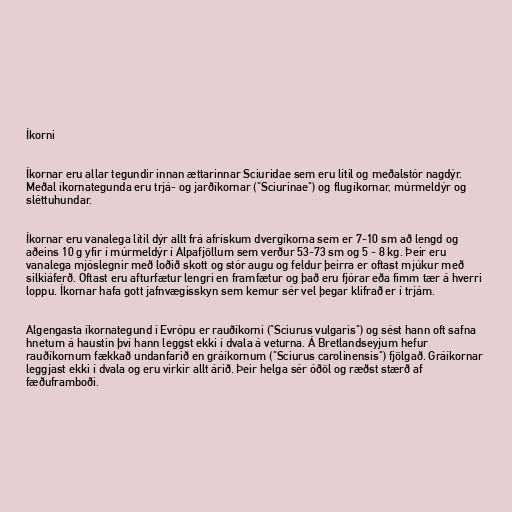
Íkorni

Íkornar eru allar tegundir innan ættarinnar Sciuridae sem eru lítil og meðalstór nagdýr.
Meðal íkornategunda eru trjá- og jarðíkornar ("Sciurinae") og flugíkornar, múrmeldýr og
sléttuhundar.

Íkornar eru vanalega lítil dýr allt frá afrískum dvergíkorna sem er 7-10 sm að lengd og
aðeins 10 g yfir í múrmeldýr í Alpafjöllum sem verður 53-73 sm og 5 - 8 kg. Þeir eru
vanalega mjóslegnir með loðið skott og stór augu og feldur þeirra er oftast mjúkur með
silkiáferð. Oftast eru afturfætur lengri en framfætur og það eru fjórar eða fimm tær á hverri
loppu. Íkornar hafa gott jafnvægisskyn sem kemur sér vel þegar klifrað er í trjám.

Algengasta íkornategund í Evrópu er rauðíkorni ("Sciurus vulgaris") og sést hann oft safna
hnetum á haustin því hann leggst ekki í dvala á veturna. Á Bretlandseyjum hefur
rauðíkornum fækkað undanfarið en gráíkornum ("Sciurus carolinensis") fjölgað. Gráíkornar
leggjast ekki í dvala og eru virkir allt árið. Þeir helga sér óðöl og ræðst stærð af
fæðuframboði.